Distribution and causation of leprosy in British India
Year: 1875
Disease focus: Leprosy
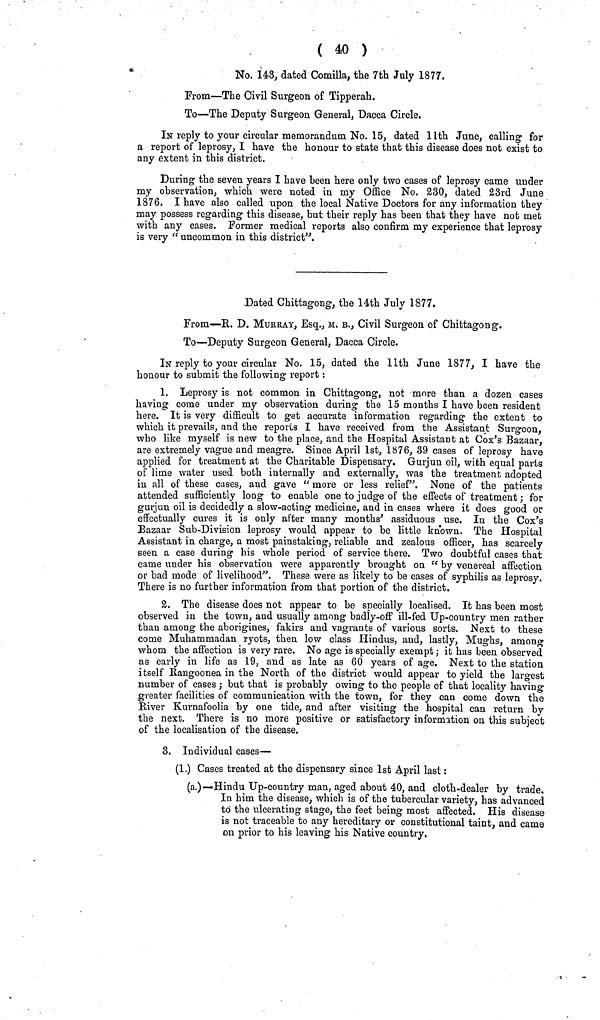
( 40 )
No. 143, dated Comilla, the 7th July 1877.
From—The Civil Surgeon of Tipperah.
To—The Deputy Surgeon General, Dacca Circle.
IN reply to your circular memorandum No. 15, dated llth June, calling for
a report of leprosy, I have the honour to state that this disease does not exist to
any extent in this district.
During the seven years I have been here only two cases of leprosy came under
my observation, which were noted in my Office No. 230, dated 23rd June
1876. I have also called upon the local Native Doctors for any information they
may possess regarding this disease, but their reply has been that they have not met
with any cases. Former medical reports also confirm my experience that leprosy
is very " uncommon in this district".
Dated Chittagong, the 14th July 1877.
From—R. D. MURRAY, Esq., M. B., Civil Surgeon of Chittagong.
To—Deputy Surgeon General, Dacca Circle.
IN reply to your circular No. 15, dated the llth June 1877, I have the
honour to submit the following report :
1. Leprosy is not common in Chittagong, not more than a dozen cases
having come under my observation during the 15 months I have been resident
here. It is very difficult to get accurate information regarding the extent to
which it prevails, and the reports I have received from the Assistant Surgeon,
who like myself is new to the place, and the Hospital Assistant at Cox's Bazaar,
are extremely vague and meagre. Since April 1st, 1876, 39 cases of leprosy have
applied for treatment at the Charitable Dispensary. Gurjun oil, with equal parts
of lime water used both internally and externally, was the treatment adopted
in all of these cases, and gave " more or less relief". None of the patients
attended sufficiently long to enable one to judge of the effects of treatment ; for
gurjun oil is decidedly a slow-acting medicine, and in cases where it does good or
effectually cures it is only after many months' assiduous use. In the Cox's
Bazaar Sub-Division leprosy would appear to be little known. The Hospital
Assistant in charge, a most painstaking, reliable and zealous officer, has scarcely
seen a case during his whole period of service there. Two doubtful cases that
came uuder his observation were apparently brought on " by venereal affection
or bad mode of livelihood". These were as likely to be cases of syphilis as leprosy.
There is no further information from that portion of the district,
2. The disease does not appear to be specially localised. It has been most
observed in the town, and usually among badìy-off ill-fed Up-country men rather
than among the aborigines, fakirs and vagrants of various sorts. Next to these
come Muhammadan ryots, then low class Hindus, and, lastly, Mughs, among
whom the affection is very rare. No age is specially exempt ; it has been observed
as early in life as 19, and as late as 60 years of age. Next to the station
itself Rangoonea in the North of the district would appear to yield the largest
number of cases ; but that is probably owing to the people of that locality having
greater facilities of communication with the town, for they can come down the
River Kurnafoolia by one tide, and after visiting the hospital can return by
the next. There is no more positive or satisfactory information on this subject
of the localisation of the disease,
3. Individual cases—
(1.) Cases treated at the dispensary since 1st April last :
(a.)—Hindu Up-country man, aged about 40, and cloth-dealer by trade.
In him the disease, which is of the tubercular variety, has advanced
to the ulcerating stage, the feet being most affected. His disease
is not traceable to any hereditary or constitutional taint, and came
on prior to his leaving his Native country.